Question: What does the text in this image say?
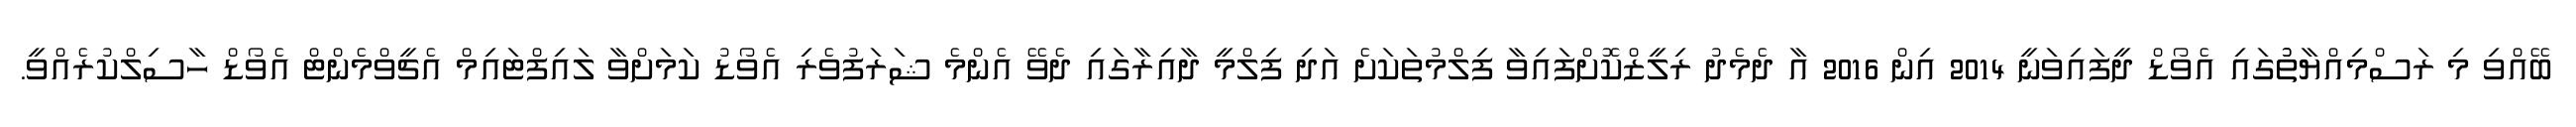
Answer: ބޭއްވި މި ރަސްމިއްޔާތުުގައި އެވޯޑް ދީފައިވަނީ 2014 އިން 2016 އާ ދެމެދު ރިލީޒްކޮށްފައިވާ ފިލްމުތަކަށެ އަދި ފިލްމީ ދާއިރާގައި ދެވޭ އެންމެ ޝަރަފުވެރި އެވޯޑު ކަމަށްވާ ލައިފްޓައިމް އެޗީވްމެންޓް އެވޯޑް ހާސިލްކުރެއްވީ.